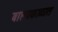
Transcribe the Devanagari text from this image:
बाल्यकाळात